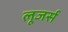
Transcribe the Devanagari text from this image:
लूजर्स